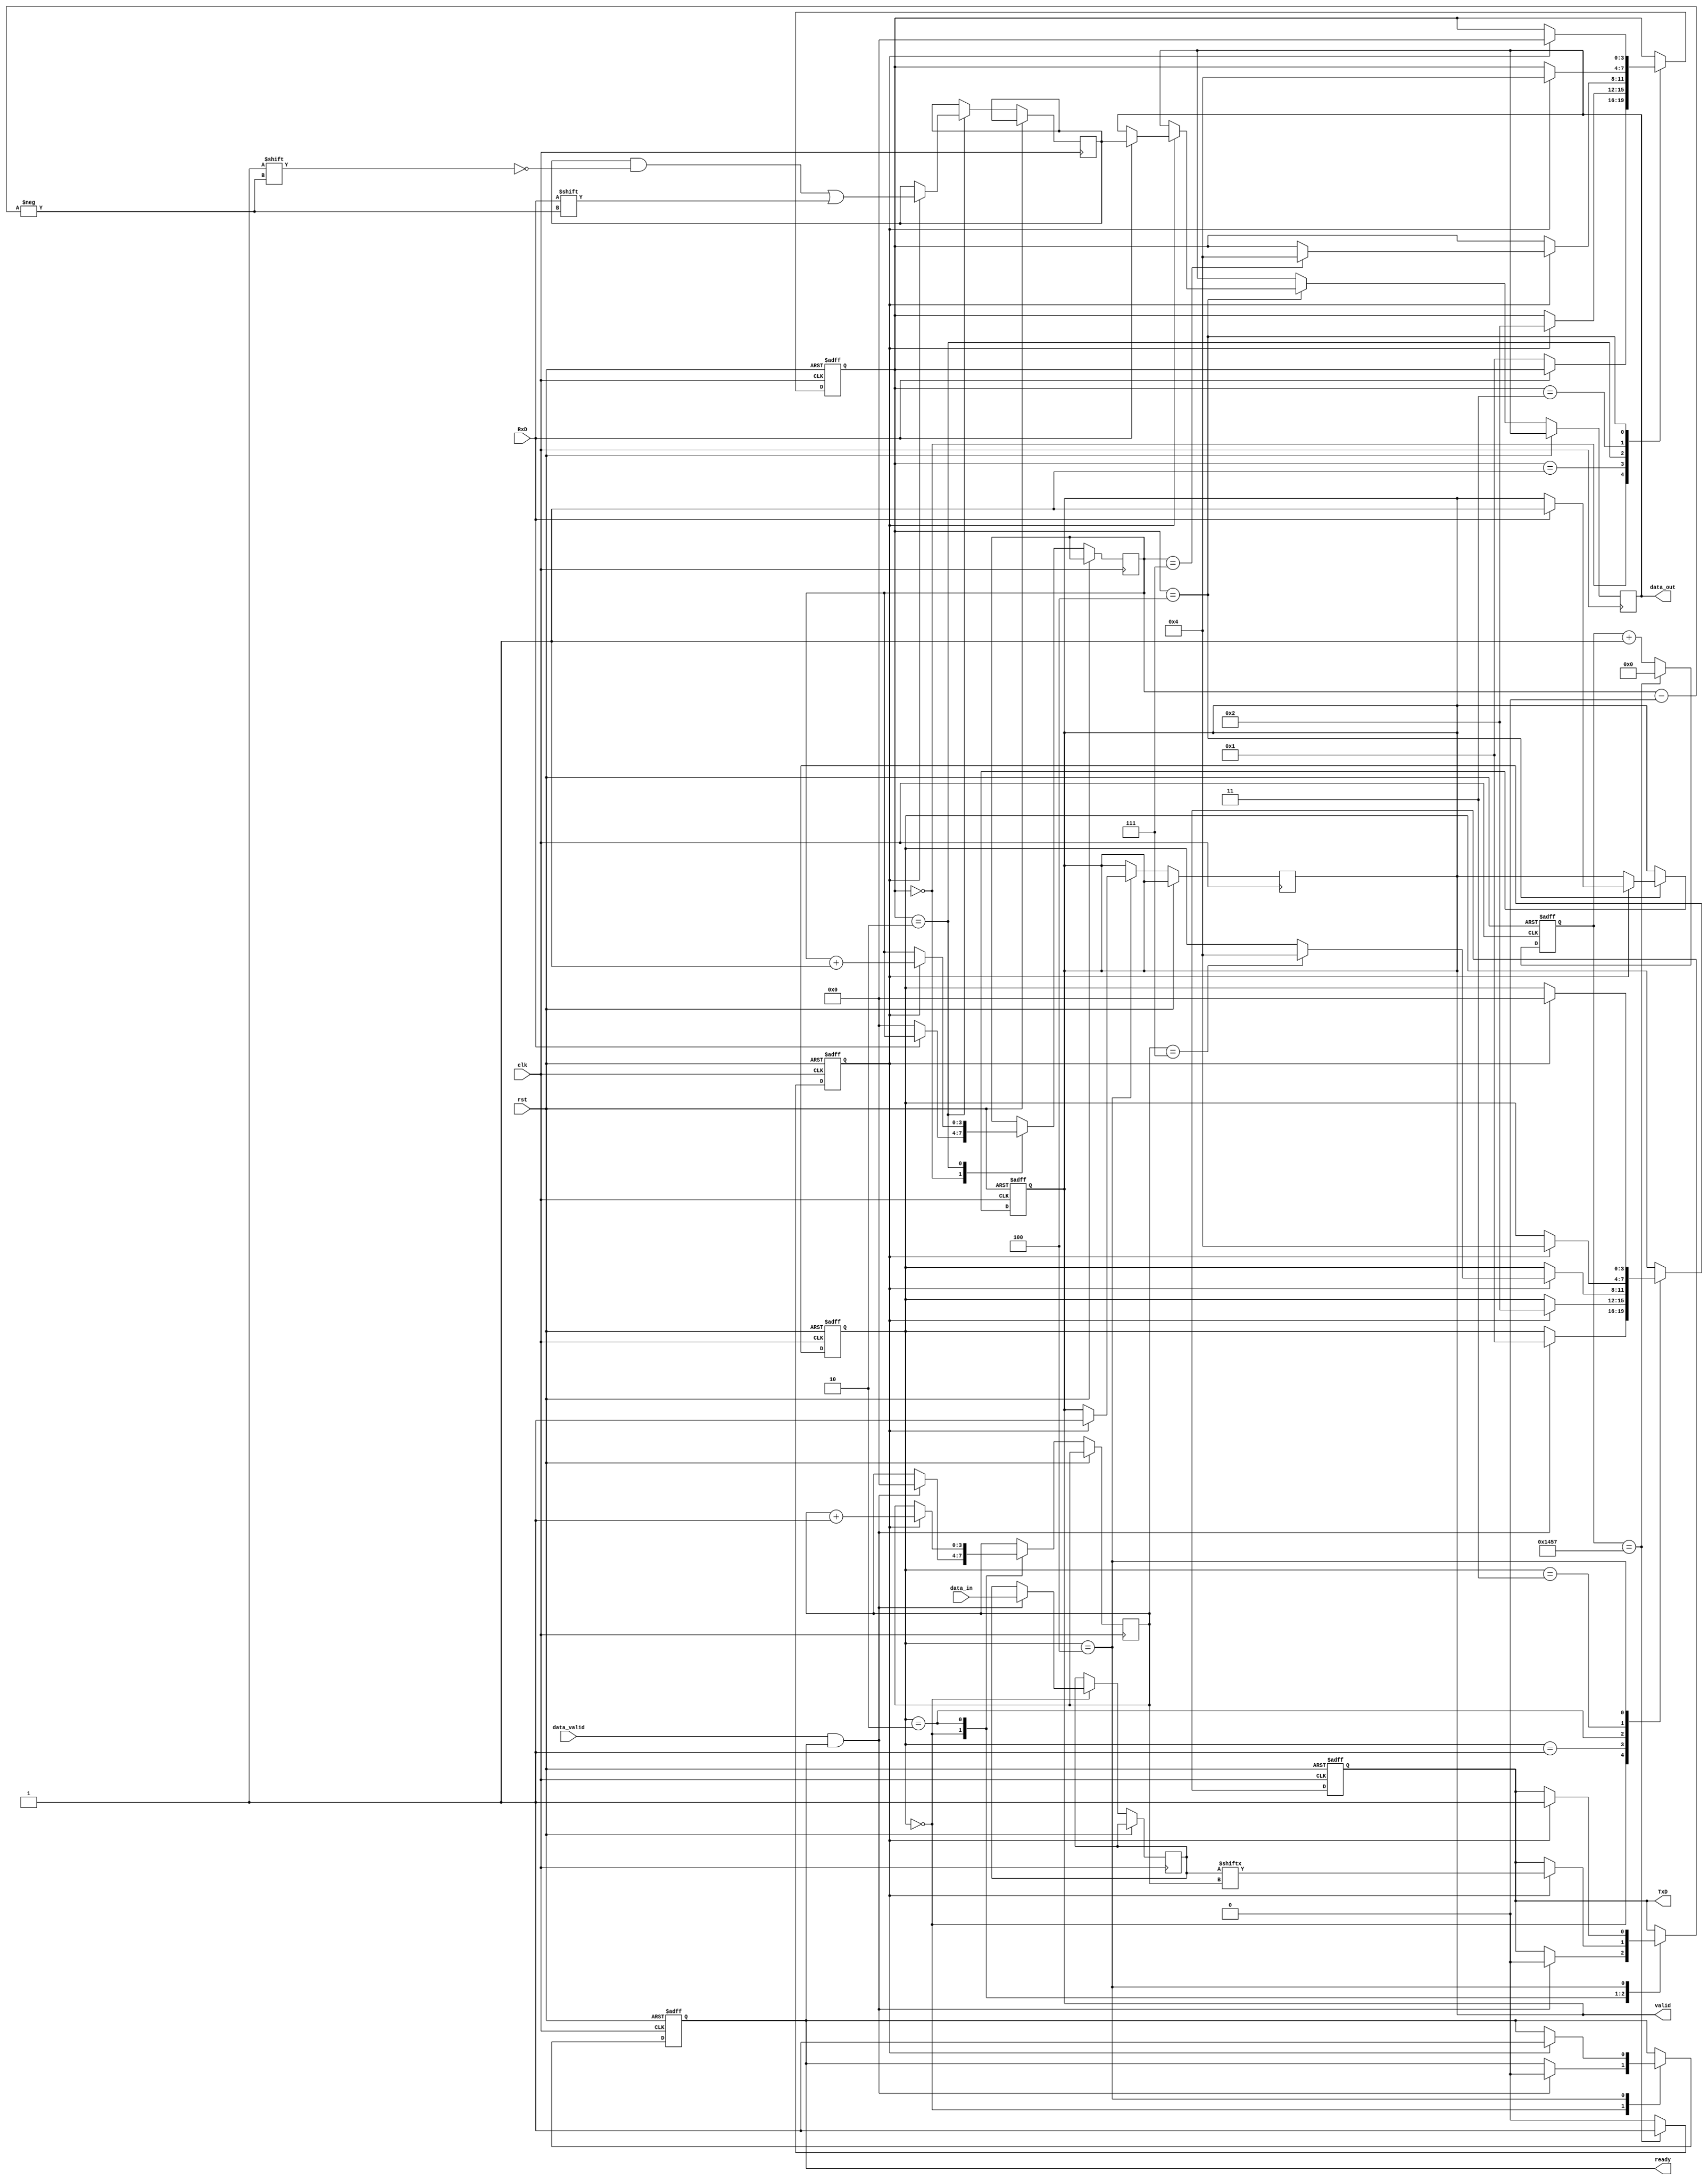
module parameterized_uart #(
    parameter BAUD_RATE = 9600,
    parameter DATA_BITS = 8,
    parameter STOP_BITS = 1,
    parameter PARITY = "NONE"  // Options: "NONE", "EVEN", "ODD"
)(
    input wire clk,
    input wire rst,
    input wire [DATA_BITS-1:0] data_in,
    input wire data_valid,
    output reg TxD,
    output reg [DATA_BITS-1:0] data_out,
    output reg valid,
    input wire RxD,
    output reg ready
);

// Baud rate generator
localparam CLOCK_FREQ = 50000000; // Assume a 50MHz clock
localparam BAUD_DIV = CLOCK_FREQ / BAUD_RATE;
localparam BAUD_COUNT_BITS = $clog2(BAUD_DIV);

reg [BAUD_COUNT_BITS-1:0] baud_counter = 0;
reg baud_tick = 0;

always @(posedge clk or posedge rst) begin
    if (rst) begin
        baud_counter <= 0;
        baud_tick <= 0;
    end else begin
        if (baud_counter == BAUD_DIV-1) begin
            baud_tick <= 1;
            baud_counter <= 0;
        end else begin
            baud_tick <= 0;
            baud_counter <= baud_counter + 1;
        end
    end
end

// Transmitter
reg [3:0] tx_state;
localparam TX_IDLE = 0, TX_START = 1, TX_DATA = 2, TX_PARITY = 3, TX_STOP = 4;

reg [DATA_BITS-1:0] tx_data;
reg [3:0] bit_count;

always @(posedge clk or posedge rst) begin
    if (rst) begin
        tx_state <= TX_IDLE;
        TxD <= 1;
        ready <= 1;
    end else begin
        case (tx_state)
            TX_IDLE: begin
                if (data_valid && ready) begin
                    tx_data <= data_in;
                    TxD <= 0; // Start bit
                    bit_count <= 0;
                    tx_state <= TX_START;
                    ready <= 0; // Not ready until transmission is complete
                end
            end
            TX_START: begin
                if (baud_tick) begin
                    tx_state <= TX_DATA;
                end
            end
            TX_DATA: begin
                if (baud_tick) begin
                    TxD <= tx_data[bit_count];
                    bit_count <= bit_count + 1;
                    if (bit_count == DATA_BITS - 1) begin
                        if (PARITY != "NONE") begin
                            tx_state <= TX_PARITY;
                        end else begin
                            tx_state <= TX_STOP;
                        end
                    end
                end
            end
            TX_PARITY: begin
                if (baud_tick) begin
                    case (PARITY)
                        "EVEN": TxD <= ~^tx_data; // Even parity
                        "ODD":  TxD <= ^tx_data;   // Odd parity
                    endcase
                    tx_state <= TX_STOP;
                end
            end
            TX_STOP: begin
                if (baud_tick) begin
                    TxD <= 1; // Stop bit
                    tx_state <= TX_IDLE;
                    valid <= 1; // Signal transmission complete
                    ready <= 1; // Ready for the next transmission
                end
            end
        endcase
    end
end

// Receiver
reg [3:0] rx_state;
localparam RX_IDLE = 0, RX_START = 1, RX_DATA = 2, RX_PARITY = 3, RX_STOP = 4;

reg [DATA_BITS-1:0] rx_data;
reg [3:0] rx_bit_count;

always @(posedge clk or posedge rst) begin
    if (rst) begin
        rx_state <= RX_IDLE;
        valid <= 0;
    end else begin
        case (rx_state)
            RX_IDLE: begin
                if (!RxD) begin // Start bit detected
                    rx_state <= RX_START;
                    rx_bit_count <= 0;
                end
            end
            RX_START: begin
                if (baud_tick) begin
                    rx_state <= RX_DATA;
                end
            end
            RX_DATA: begin
                if (baud_tick) begin
                    rx_data[rx_bit_count] <= RxD;
                    rx_bit_count <= rx_bit_count + 1;
                    if (rx_bit_count == DATA_BITS - 1) begin
                        if (PARITY != "NONE") begin
                            rx_state <= RX_PARITY;
                        end else begin
                            rx_state <= RX_STOP;
                        end
                    end
                end
            end
            RX_PARITY: begin
                if (baud_tick) begin
                    // Parity checking logic goes here
                    rx_state <= RX_STOP;
                end
            end
            RX_STOP: begin
                if (baud_tick) begin
                    if (RxD == 1) begin // Check stop bit
                        data_out <= rx_data;
                        valid <= 1; // Indicate valid data received
                    end
                    rx_state <= RX_IDLE;
                end
            end
        endcase
    end
end

endmodule